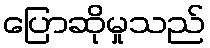
ပြောဆိုမှုသည်